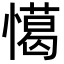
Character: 𢢖